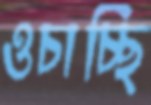
ওচাচ্ছি